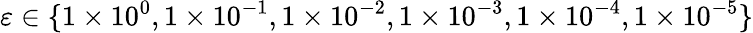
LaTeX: \varepsilon\in\{ 1\times 10^{0},1\times 10^{-1},1\times 10^{-2},1\times 10^{-3},1\times 10^{-4},1\times 10^{-5}\}